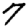
Digit: 7